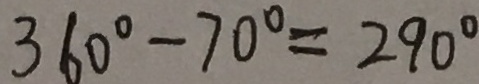
3 6 0 ^ { \circ } - 7 0 ^ { \circ } = 2 9 0 ^ { \circ }